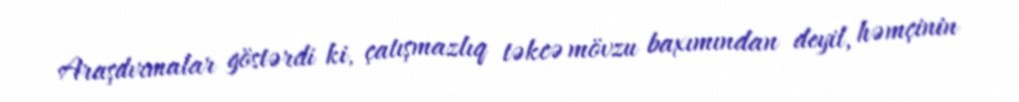
Araşdırmalar göstərdi ki, çatışmazlıq təkcə mövzu baxımından deyil, həmçinin